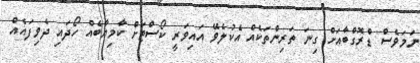
ނަމަވެސް ޑްރޮގްބާއަށް ގިނަ ތަރިންތަކެއް އެކުލެވޭ އައިވަރީ ކޯސްޓަށް ކާމިޔާބެއް ހޯދައި ދެވިފައެއް